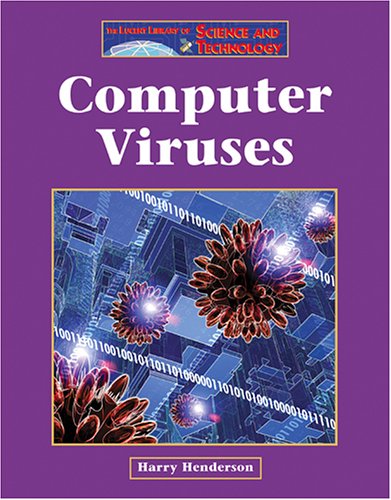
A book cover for Computer Viruses (Lucent Library of Science and Technology); Harry Henderson; Children's Books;